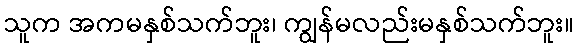
သူက အကမနှစ်သက်ဘူး၊ ကျွန်မလည်းမနှစ်သက်ဘူး။